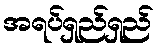
အရပ်ရှည်ရှည်